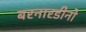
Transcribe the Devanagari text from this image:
बरनारडीनो